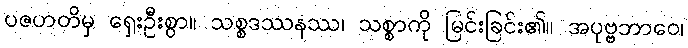
ပဇဟတိမှ ရှေးဦးစွာ။ သစ္စဒဿနဿ၊ သစ္စာကို မြင်းခြင်း၏။ အပုဗ္ဗဘာဝေ၊